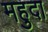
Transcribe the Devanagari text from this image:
महुदा